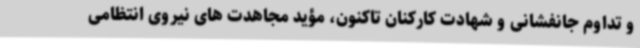
و تداوم جانفشانی و شهادت کارکنان تاکنون، مؤید مجاهدت های نیروی انتظامی